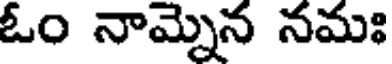
ఓం నామ్నెన నమః